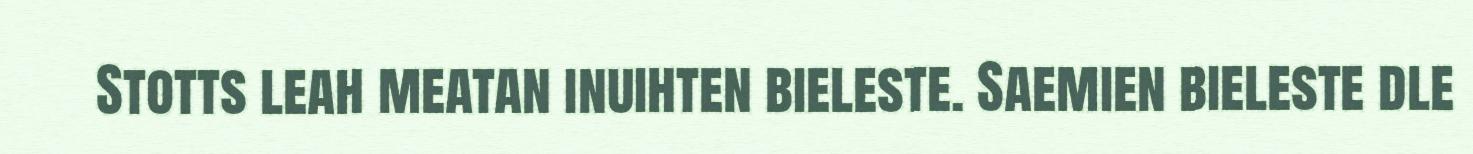
Stotts leah meatan inuihten bieleste. Saemien bieleste dle